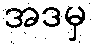
အဒမှ